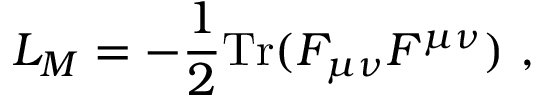
L _ { M } = - \frac { 1 } { 2 } \mathrm { T r } ( F _ { \mu \nu } F ^ { \mu \nu } ) \ ,